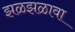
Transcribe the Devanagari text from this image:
झळझळावा